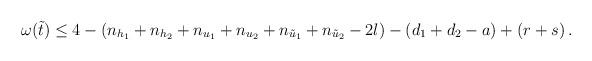
LaTeX: \begin{align*}\omega(\tilde{t})\le 4-(n_{h_{1}}+n_{h_{2}}+n_{u_{1}}+n_{u_{2}}+n_{\tilde{u}_{1}}+n_{\tilde{u}_{2}}-2l)-(d_{1}+d_{2}-a) +(r+s)\,.\end{align*}